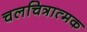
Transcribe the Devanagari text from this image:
चलचित्रात्मक